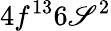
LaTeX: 4f^{13}6\mathscr{S}^{2}